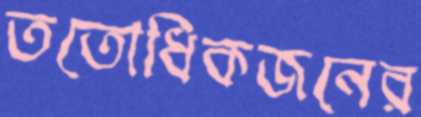
ততোধিকজনের